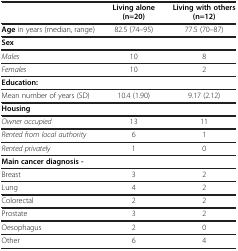
<table><thead><tr><td><b> </b></td><td><b>Living alone (n=20)</b></td><td><b>Living with others (n=12)</b></td></tr></thead><tbody><tr><td><b>Age</b> in years (median, range)</td><td>82.5 (74–95)</td><td>77.5 (70–87)</td></tr><tr><td><b>Sex</b></td><td> </td><td> </td></tr><tr><td><i>Males</i></td><td>10</td><td>8</td></tr><tr><td><i>Females</i></td><td>10</td><td>2</td></tr><tr><td><b>Education:</b></td><td> </td><td> </td></tr><tr><td>Mean number of years (SD)</td><td>10.4 (1.90)</td><td>9.17 (2.12)</td></tr><tr><td><b>Housing</b></td><td> </td><td> </td></tr><tr><td><i>Owner occupied</i></td><td>13</td><td>11</td></tr><tr><td><i>Rented from local authority</i></td><td>6</td><td>1</td></tr><tr><td><i>Rented privately</i></td><td>1</td><td>0</td></tr><tr><td><b>Main cancer diagnosis -</b></td><td> </td><td> </td></tr><tr><td>Breast</td><td>3</td><td>2</td></tr><tr><td>Lung</td><td>4</td><td>2</td></tr><tr><td>Colorectal</td><td>2</td><td>2</td></tr><tr><td>Prostate</td><td>3</td><td>2</td></tr><tr><td>Oesophagus</td><td>2</td><td>0</td></tr><tr><td>Other</td><td>6</td><td>4</td></tr></tbody></table>